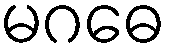
မဂဓေ